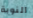
النوبة